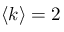
\langle k \rangle = 2